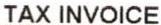
TAX INVOICE